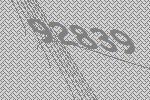
92839